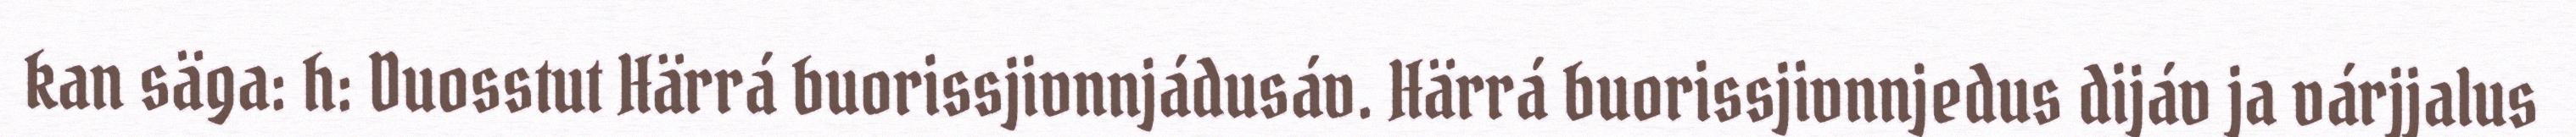
kan säga: h: Duosstut Härrá buorissjivnnjádusáv. Härrá buorissjivnnjedus dijáv ja várjjalus